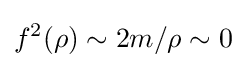
f^{2}(\rho )\sim 2m/\rho \sim 0